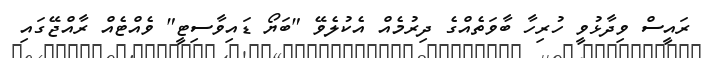
ރައީސް ވިދާޅުވީ ހުރިހާ ބާވަތެއްގެ ދިރުމެއް އެކުލެވޭ "ބަޔޯ ޑައިވާސިޓީ" ވެއްޓެއް ރާއްޖޭގައި